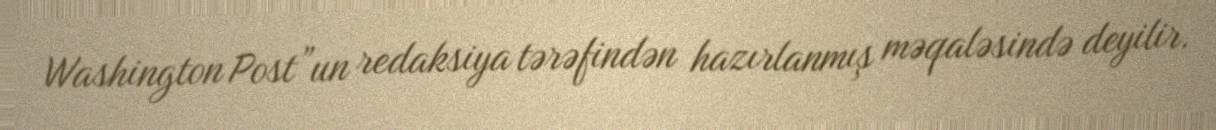
Washington Post”un redaksiya tərəfindən hazırlanmış məqaləsində deyilir.